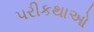
પરીકથાઓ